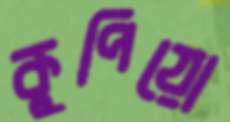
কুপিয়ো